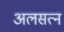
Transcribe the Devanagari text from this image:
अलसत्न